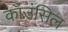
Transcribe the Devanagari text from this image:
कॉउंसिल